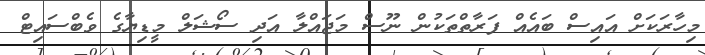
މިހާރަކަށް އައިސް ބައެއް ފަރާތްތަކުން ނޫސް މަޖައްލާ އަދި ސޯޝަލް މީޑިޔާގެ ވެބްސައިޓް